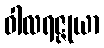
ဝါလရဇ္ဇုယာ